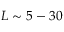
L \sim 5 - 3 0